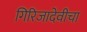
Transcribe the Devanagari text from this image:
गिरिजादेवीचा